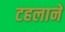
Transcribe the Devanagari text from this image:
टहलाने